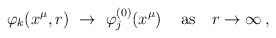
\begin{align*}\varphi_k (x^\mu,r) ~\to~ \varphi^{(0)}_j(x^\mu) \, \quad {\rm as} \quad r \to \infty \,,\end{align*}